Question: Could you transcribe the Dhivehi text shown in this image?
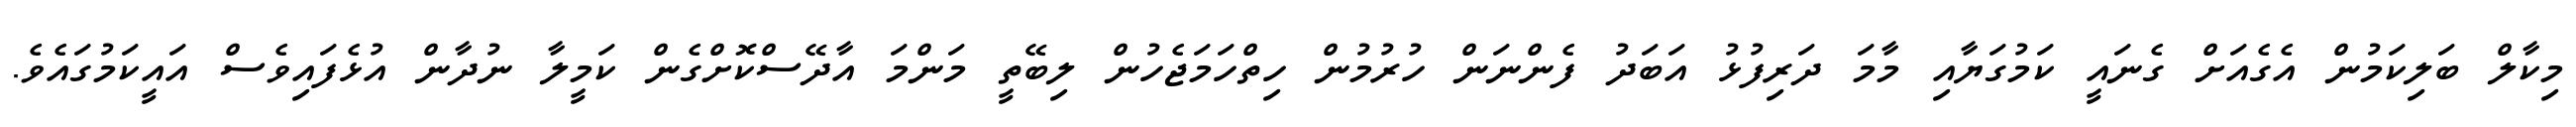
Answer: މިކާލް ބަލިކަމުން އެގެއަށް ގެނައީ ކަމުގަޔާއި މާމަ ދަރިފުޅު އަބަދު ފެންނަން ހުރުމުން ހިތްހަމަޖެހުން ލިބޭތީ މަންމަ އާދޭސްކޮށްގެން ކަމީލާ ނުދާން އުޅެފައިވެސް އައީކަމުގައެވެ.